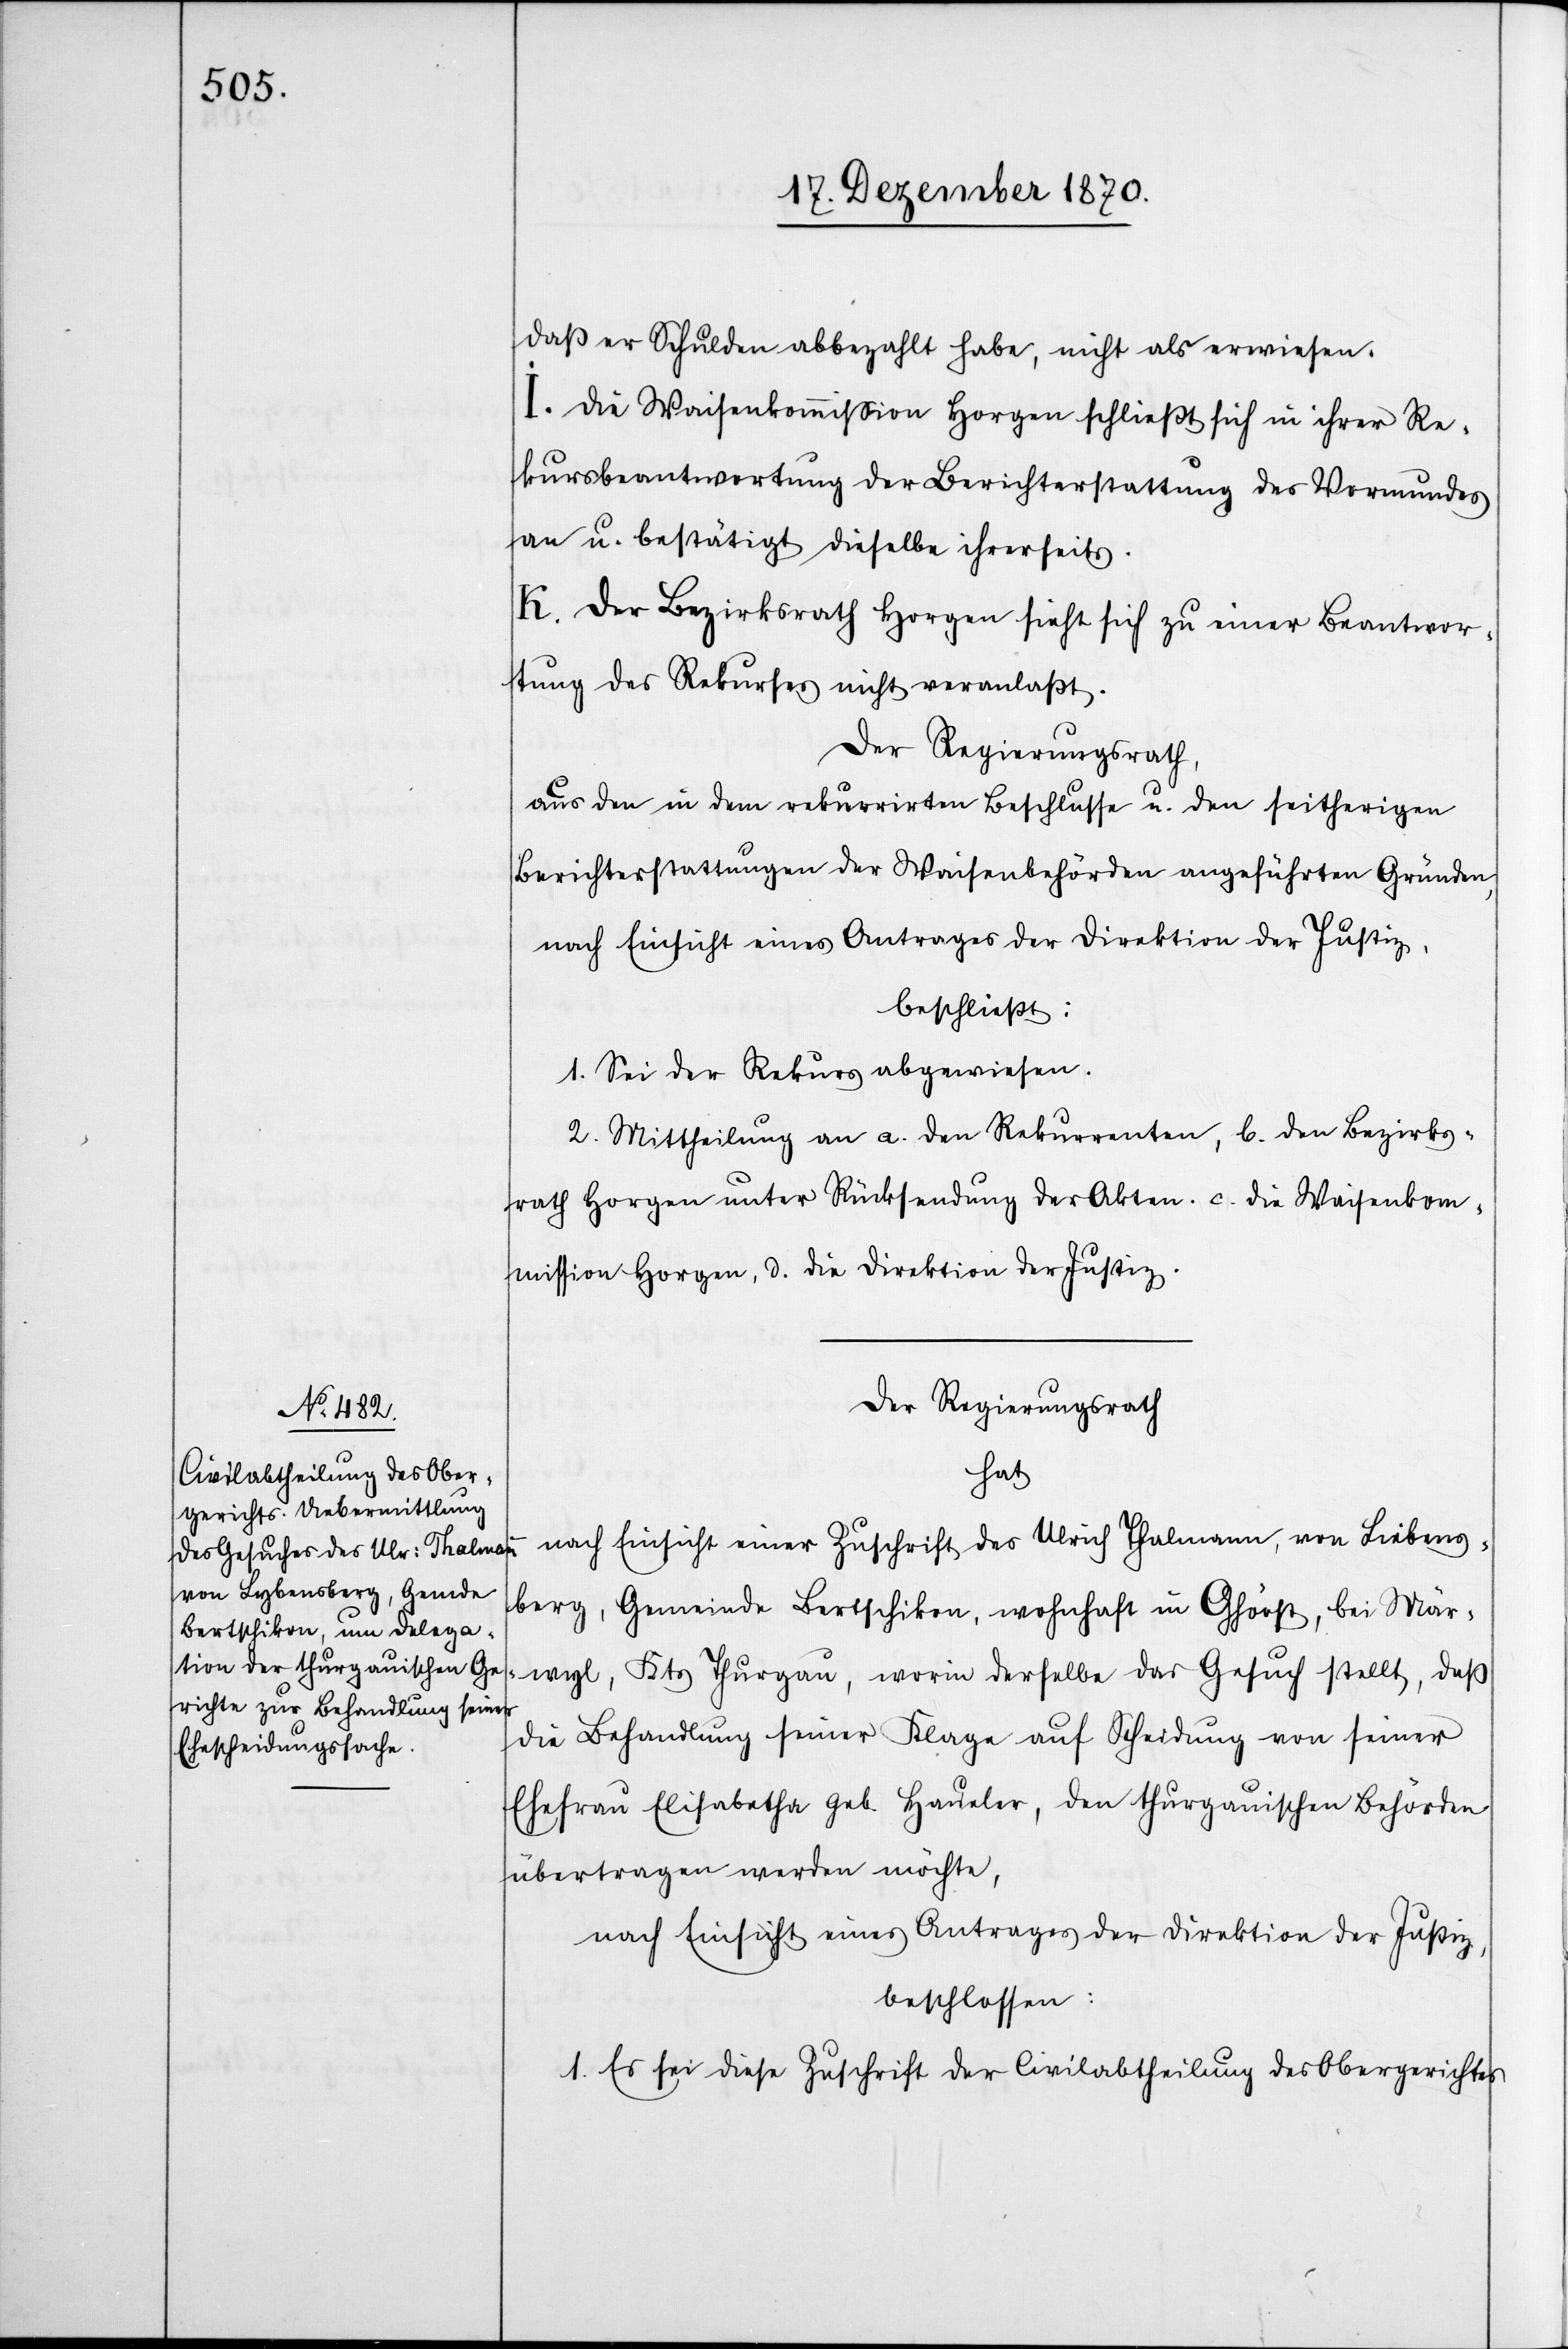
daß er Schulden abbezahlt habe, nicht als erwiesen.
I. Die Waisenkommißion Horgen schließt sich in ihrer Re¬
kursbeantwortung der Berichterstattung des Vormundes
an u. bestätigt dieselbe ihrerseits.
K. Der Bezirksrath Horgen sieht sich zu einer Beantwor¬
tung des Rekurses nicht veranlaßt.
Der Regierungsrath,
aus den in dem rekurrirten Beschlusse u. den seitherigen
Berichterstattungen der Waisenbehörden angeführten Gründen,
nach Einsicht eines Antrages der Direktion der Justiz,
beschließt:
1. Sei der Rekurs abgewiesen.
2. Mittheilung an a. den Rekurrenten, b. den Bezirks¬
rath Horgen unter Rücksendung der Akten, c. die Waisenkom¬
mission Horgen, d. die Direktion der Justiz.
Der Regierungsrath
hat
nach Einsicht einer Zuschrift des Ulrich Thalmann, von Liebens¬
berg, Gemeinde Bertschikon, wohnhaft in Ghörst, bei Mär¬
wyl, Kts Thurgau, worin derselbe das Gesuch stellt, daß
die Behandlung seiner Klage auf Scheidung von seiner
Ehefrau Elisabetha geb. Haueler, den thurgauischen Behörden
übertragen werden möchte,
nach Einsicht eines Antrages der Direktion der Justiz,
beschlossen:
1. Es sei diese Zuschrift der Civilabtheilung des Obergerichtes